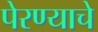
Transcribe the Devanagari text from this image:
पेरण्याचे